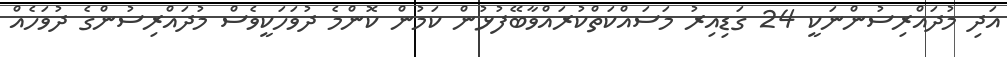
އަދި މުދައްރިސުންނަކީ 24 ގަޑިއިރު މަސައްކަތްކުރައްވާބޭފުޅުން ކަމުން ކޮންމެ ދުވަހަކީވެސް މުދައްރިސުންގެ ދުވަހެއް